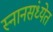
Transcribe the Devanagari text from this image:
स्नानसंध्येत